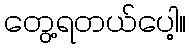
တွေ့ရတယ်ပေါ့။